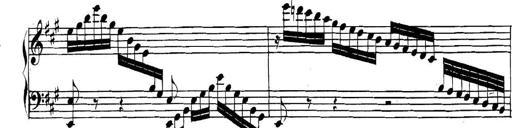
Title: Collected Piano Sonatas
Composer: Muzio Clementi